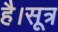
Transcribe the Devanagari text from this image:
है।सूत्र